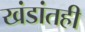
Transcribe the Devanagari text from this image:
खंडांतही